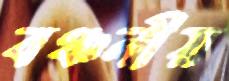
বঞ্চনীয়